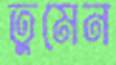
তুমেন